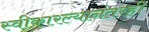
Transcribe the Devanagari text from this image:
स्वीकारल्यानंतरही